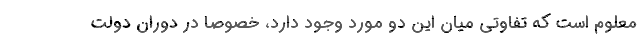
معلوم است که تفاوتی میان این دو مورد وجود دارد، خصوصا در دوران دولت